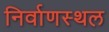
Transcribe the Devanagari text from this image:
निर्वाणस्थल